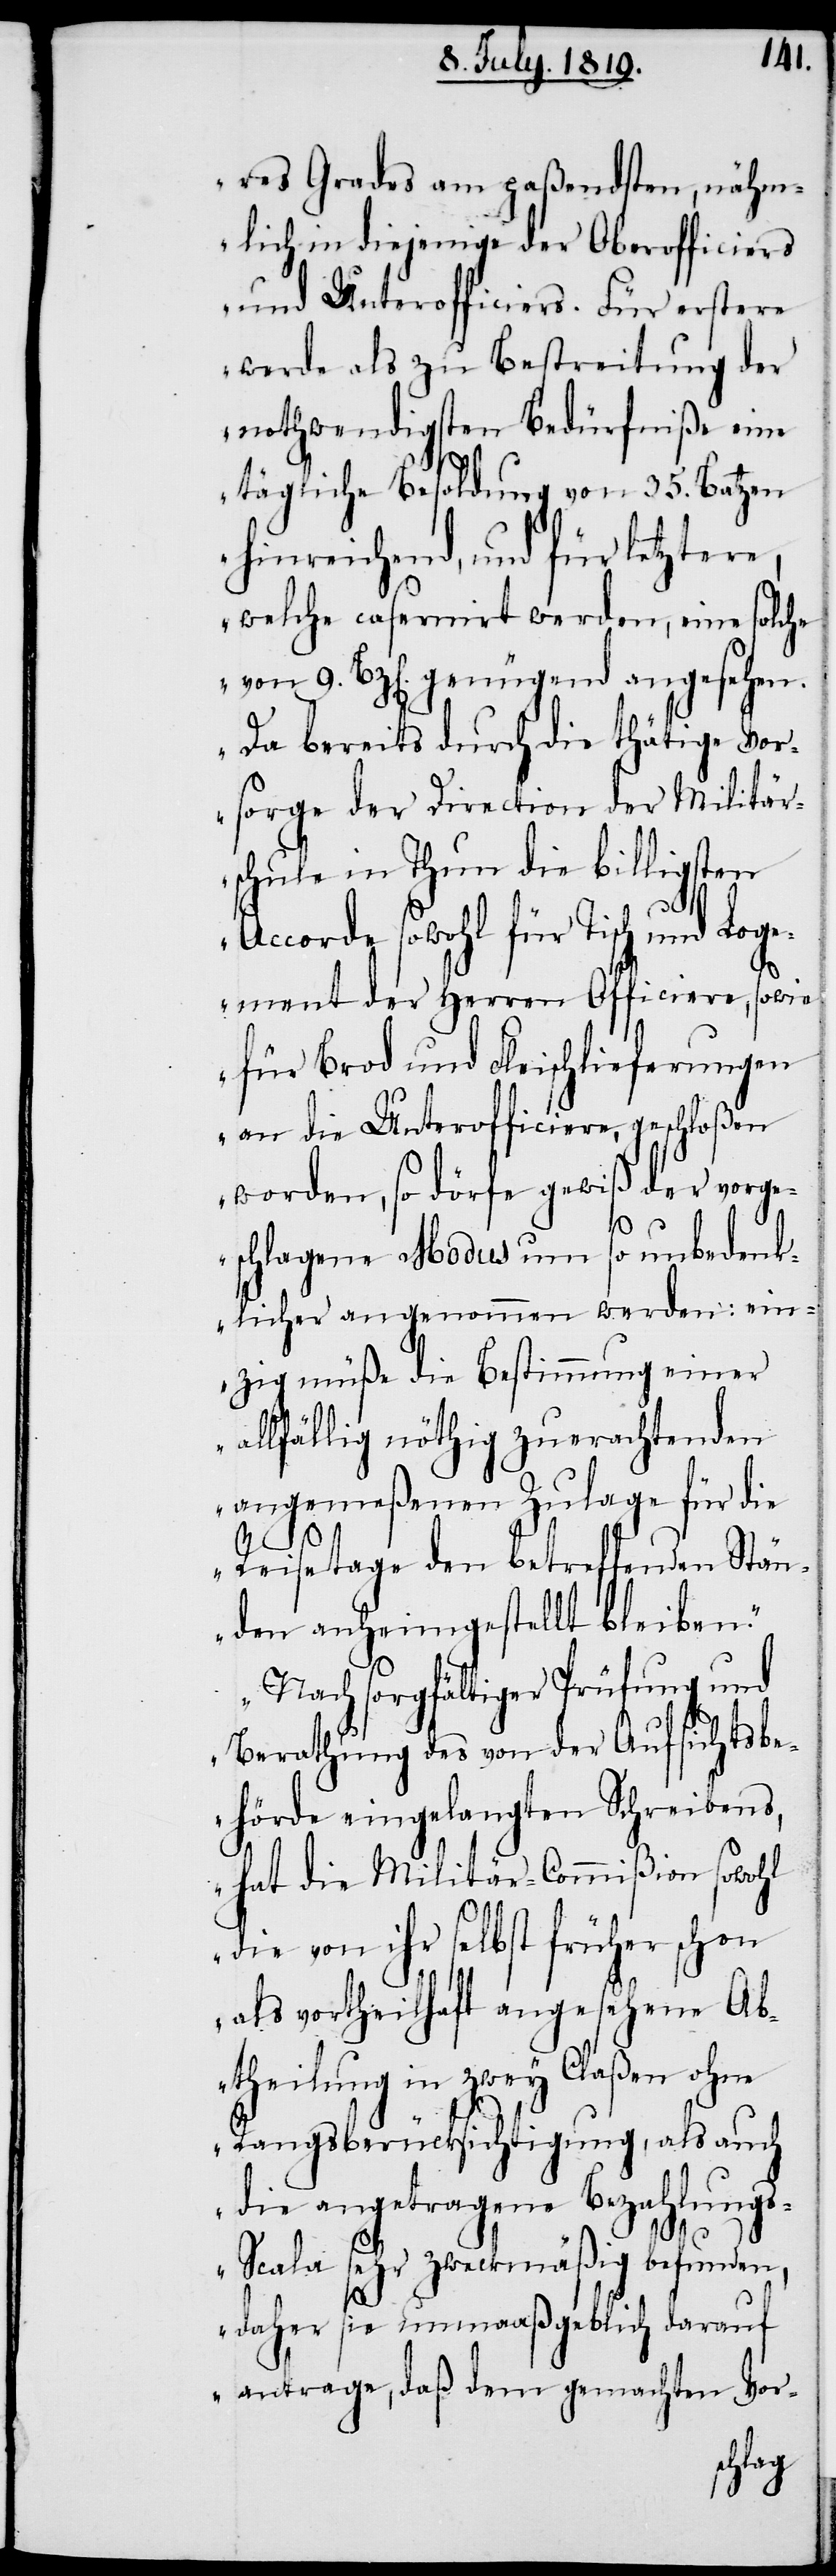
res Grades am paßendsten, nähm¬
lich in diejenige der Oberofficiers
und Unterofficiers. Für erstere
werde als zu Bestreitung der
nothwendigsten Bedürfniße eine
tägliche Besoldung von 35. Batzen
hinreichend, und für letztere,
welche casernirt werden, eine solche
von 9. Bz[en]. genügend angesehen.
Da bereits durch die thätige Vor¬
sorge der Direction der Militär¬
schule in Thun die billigsten
Accorde sowohl für Tisch und Loge¬
ment der Herren Officiere, sowie
für Brod und Fleischlieferungen
an die Unterofficiere, geschloßen
worden, so dörfe gewiß der vorg¬
eschlagene Modus um so unbedenk¬
licher angenommen werden: ein¬
zig müße die Bestimmung einer
allfällig nöthig zu erachtenden
angemeßenen Zulage für die
Reisetaxe den betreffenden Stän¬
den anheimgestellt bleiben.
Nach sorgfältiger Prüfung und
Berathung des von der Aufsichtsbe¬
hörde eingelangten Schreibens,
hat die Militär-Commißion sowohl
die von ihr selbst früher schon
als vortheilhaft angesehene Ab¬
theilung in zwey Claßen ohne
Rangsberücksichtigung, als auch
die angetragene Bezahlung¬
s-Scala sehr zweckmäßig befunden,
daher sie unmaaßgeblich darauf
antrage, daß dem gemachten Vor-